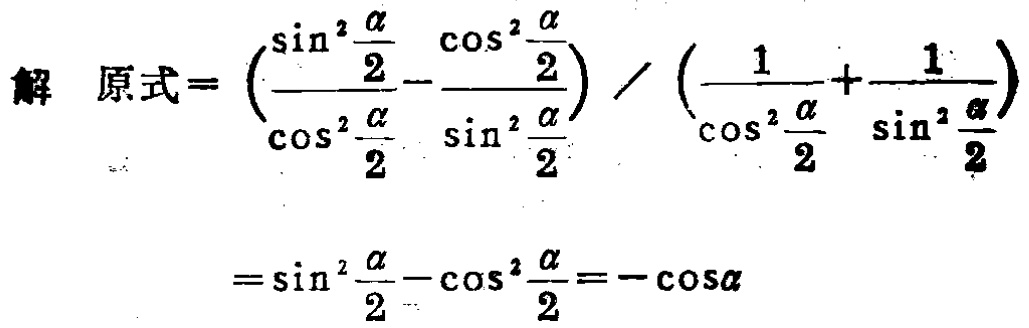
解 原式$=\left(\dfrac{\sin^{2}\dfrac{\alpha}{2}}{\cos^{2}\dfrac{\alpha}{2}} - \dfrac{\cos^{2}\dfrac{\alpha}{2}}{\sin^{2}\dfrac{\alpha}{2}}\right)/\left(\dfrac{1}{\cos^{2}\dfrac{\alpha}{2}}+\dfrac{1}{\sin^{2}\dfrac{\alpha}{2}}\right)$

$=\sin^{2}\dfrac{\alpha}{2}-\cos^{2}\dfrac{\alpha}{2}=-\cos\alpha$

从而$\dfrac{1}{a_{1}}+\dfrac{1}{a_{2}}+\dfrac{1}{a_{3}}+\dfrac{1}{a_{4}}+\dfrac{1}{a_{5}}=\dfrac{1}{a_{3}}+\dfrac{a_{1} + a_{5}}{a_{1}a_{5}}+\dfrac{a_{2} + a_{4}}{a_{2}a_{4}}=\dfrac{a_{3}+a_{1}+a_{5}+a_{2}+a_{4}}{a_{3}^{2}}$，

$\therefore \dfrac{211}{48}=\dfrac{\dfrac{211}{27}}{a_{3}^{2}}\Rightarrow a_{3}^{2}=\dfrac{16}{9}\Rightarrow a_{3}=\dfrac{4}{3}\ (a_{3}>0)$．